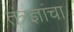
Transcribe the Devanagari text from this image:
तंत्रज्ञांचा